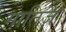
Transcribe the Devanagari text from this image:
मातिज़